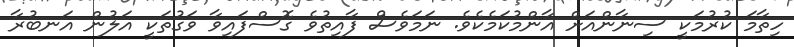
ހިތާމަ ކުރުމަކީ ސިނާންއަށް އާންމުކަމެކެވެ. ނަމަވެސް ފާއިތުވެ ގޮސްފައިވާ ވަގުތަކީ އަލުން އަނބުރާ